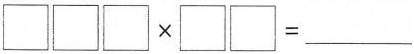
$$ \Box \Box \Box \times \Box \Box =$$___